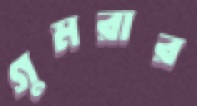
গুমরার